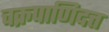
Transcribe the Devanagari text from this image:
चक्रपाणिदत्त